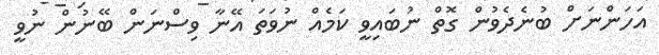
އަހަންނަށް ބުނެދެވުން ގޮތް ނުބައިވީ ކަމެއް ނުވަތަ އޭނާ ވިސްނަން ބޭނުން ނުވީ